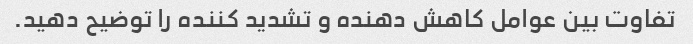
تفاوت بین عوامل کاهش دهنده و تشدید کننده را توضیح دهید.